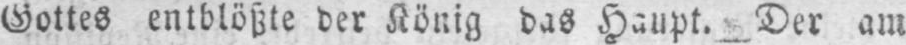
Gottes entblößte der König das Haupt. Der am